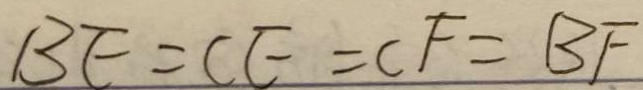
B E = C E = C F = B F